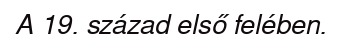
A 19. század első felében.